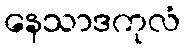
နေသာဒကုလံ